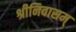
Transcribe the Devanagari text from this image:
श्रीनिवासम्‌